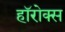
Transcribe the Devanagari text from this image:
हॉरोक्स